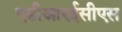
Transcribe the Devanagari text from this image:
एडीआरईसीएस